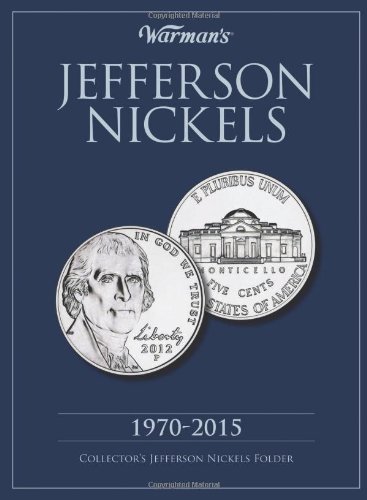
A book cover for Jefferson Nickels 1970-2015: Collector's Jefferson Nickels Folder; Warman's; Crafts, Hobbies & Home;